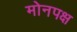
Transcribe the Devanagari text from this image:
मोनपक्ष